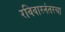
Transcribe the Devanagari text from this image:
रविवारनंतरचा